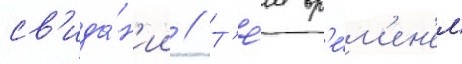
св'ида́н'ии // Т'е́м вр'е́м'ен'ем